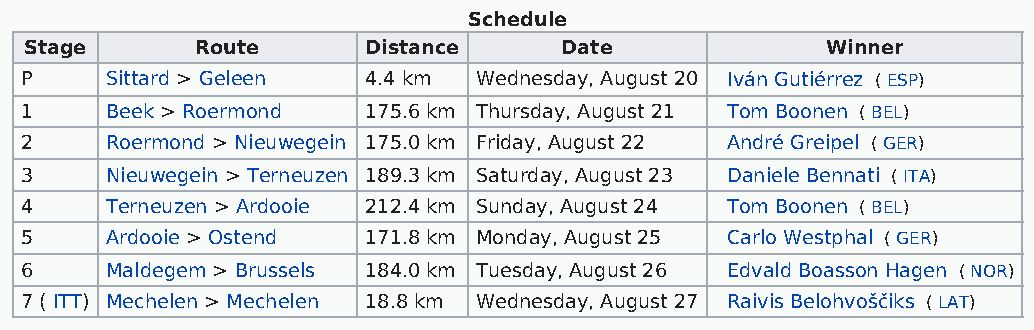
Schedule
 Stage      Route      Distance     Date              Winner
 P     Sittard > Geleen 4.4 km Wednesday, August 20 Iván Gutiérrez ( ESP)
 1     Beek > Roermond  175.6 km Thursday, August 21 Tom Boonen ( BEL)
 2     Roermond > Nieuwegein 175.0 km Friday, August 22 André Greipel ( GER)
 3     Nieuwegein > Terneuzen 189.3 km Saturday, August 23 Daniele Bennati ( ITA)
 4     Terneuzen > Ardooie 212.4 km Sunday, August 24 Tom Boonen ( BEL)
 5     Ardooie > Ostend 171.8 km Monday, August 25 Carlo Westphal ( GER)
 6     Maldegem > Brussels 184.0 km Tuesday, August 26 Edvald Boasson Hagen ( NOR)
 7 ( ITT) Mechelen > Mechelen 18.8 km Wednesday, August 27 Raivis Belohvoščiks ( LAT)